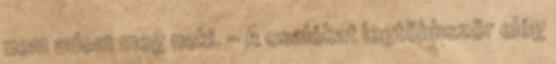
nem adom meg neki. - A csalókat legtöbbször elég